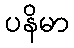
ပနိမာ